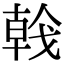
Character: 𢧢